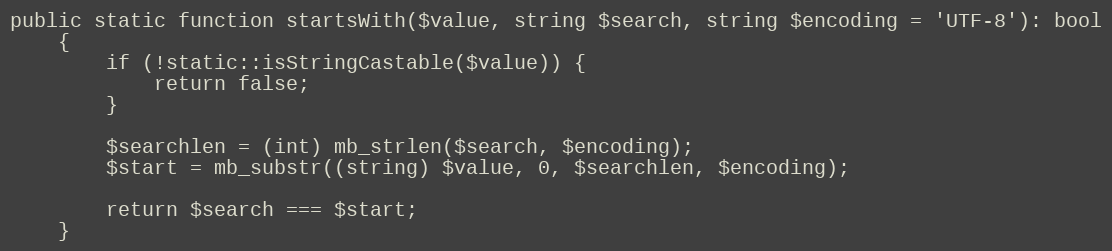
Language: PHP
public static function startsWith($value, string $search, string $encoding = 'UTF-8'): bool
    {
        if (!static::isStringCastable($value)) {
            return false;
        }

        $searchlen = (int) mb_strlen($search, $encoding);
        $start = mb_substr((string) $value, 0, $searchlen, $encoding);

        return $search === $start;
    }